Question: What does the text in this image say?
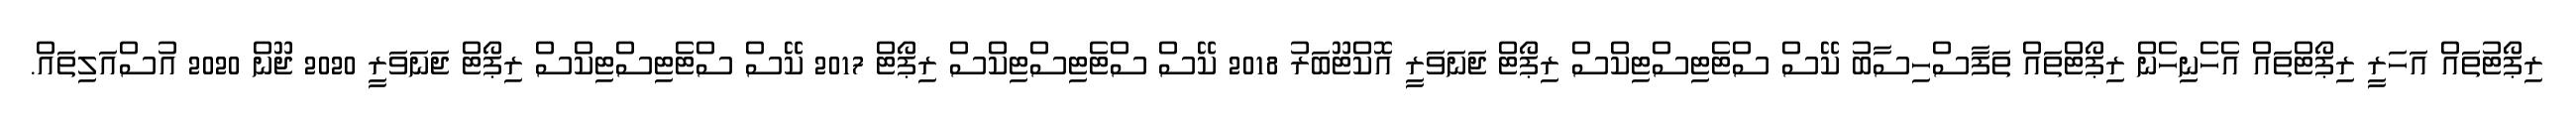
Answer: ރިޕޯޓުތައް އަހަރީ ރިޕޯޓްތައް އެހެނިހެން ރިޕޯޓްތައް ތަފާސްހިސާބު ކޭސް ސްޓެޓިސްޓިކްސް ރިޕޯޓް ޖަނަވަރީ އޮކްޓޫބަރު 2018 ކޭސް ސްޓެޓިސްޓިކްސް ރިޕޯޓް 2017 ކޭސް ސްޓެޓިސްޓިކްސް ރިޕޯޓް ޖަނަވަރީ 2020 ޖޫން 2020 އުސްއަލިތައް.